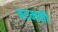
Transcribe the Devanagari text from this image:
बरमकी